Vaccine operations Central Provinces & Berar 1922-1929 - 1922-1929
Year: 1922
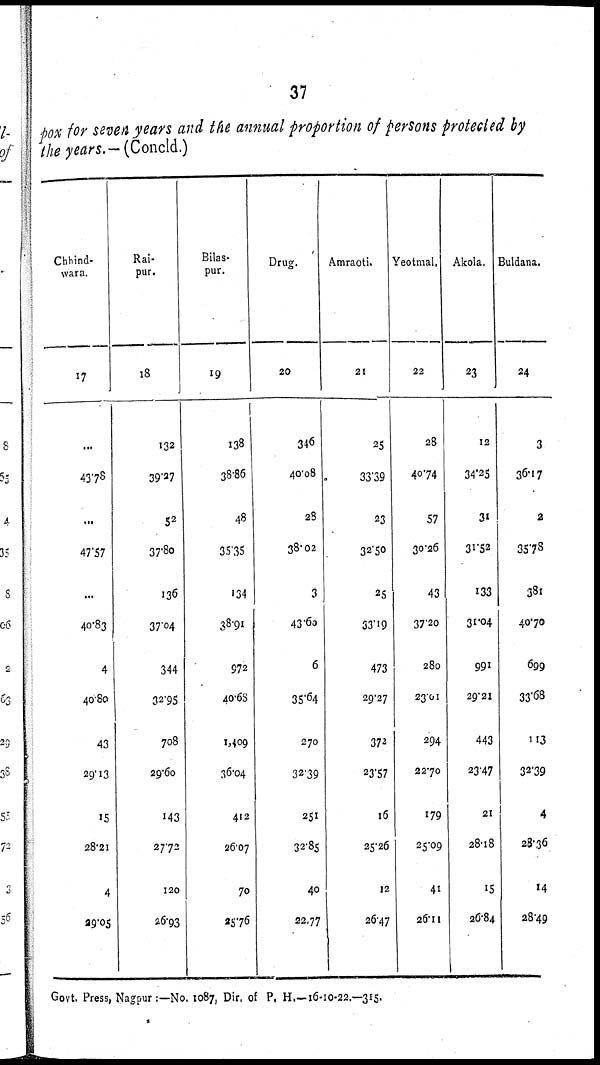
37
pox for seven years and the annual proportion of persons protected by
the years.—(Concld.)
Chhind¬
wara.
17
...
43.78
...
47.57
...
40.83
4
40.80
43
29.13
15
28.21
4
29.05
Rai¬
pur.
18
132
39.27
52
37.80
136
37.04
344
32.95
708
29.60
143
27.72
120
26.93
Bilas¬
pur.
19
138
38.86
48
35.35
134
38.91
972
40.68
1,409
36.04
412
26.07
70
25.76
Drug.
20
346
40.08
28
38.02
3
43.60
6
35.64
270
32.39
251
32.85
40
22.77
Amraoti.
21
25
33.39
23
32.50
25
33.19
473
29.27
372
23.57
16
25.26
12
26.47
Yeotmal.
22
28
40.74
57
30.26
43
37.20
280
23.01
294
22.70
179
25.09
41
26.11
Akola.
23
12
34.25
31
31.52
133
31.04
991
29.21
443
23.47
21
28.18
15
26.84
Buldana.
24
3
36.17
2
35.78
381
40.70
699
33.68
113
32.39
4
28.36
14
28.49
Govt. Press, Nagpur :—No. 1087, Dir. of P. H.—16-10-22.—315.